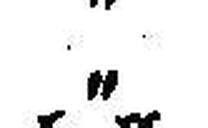
„